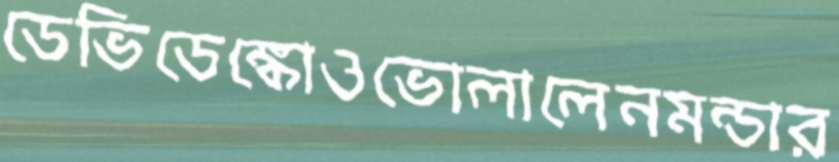
ডেভিডেঙ্কোওভোলালেনমন্ডার